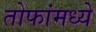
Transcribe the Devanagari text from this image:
तोफांमध्ये